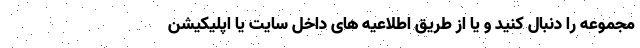
مجموعه را دنبال کنید و یا از طریق اطلاعیه های داخل سایت یا اپلیکیشن